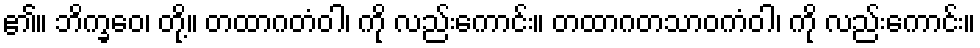
၏။ ဘိက္ခဝေ၊ တို့။ တထာဂတံဝါ၊ ကို လည်းကောင်း။ တထာဂတသာဝကံဝါ၊ ကို လည်းကောင်း။